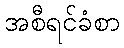
အစီရင်ခံစာ